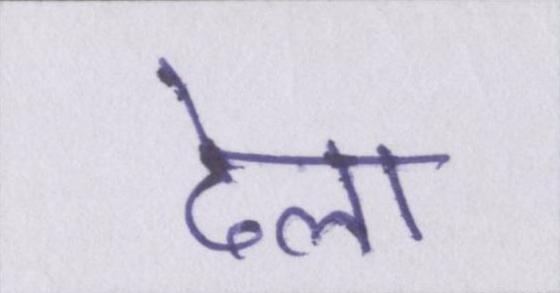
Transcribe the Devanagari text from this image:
ढेला